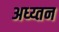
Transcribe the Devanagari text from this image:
अध्य्तन